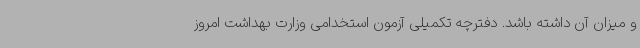
و میزان آن داشته باشد. دفترچه تکمیلی آزمون استخدامی وزارت بهداشت امروز